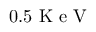
0 . 5 \mathrm { ~ K ~ e ~ V ~ }